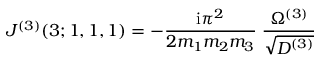
J ^ { ( 3 ) } ( 3 ; 1 , 1 , 1 ) = - \frac { \mathrm { i } \pi ^ { 2 } } { 2 m _ { 1 } m _ { 2 } m _ { 3 } } \; \frac { \Omega ^ { ( 3 ) } } { \sqrt { D ^ { ( 3 ) } } }